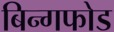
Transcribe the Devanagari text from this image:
बिन्गफोड